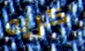
كريه